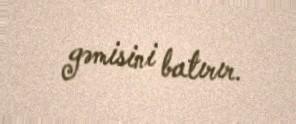
gəmisini batırır.